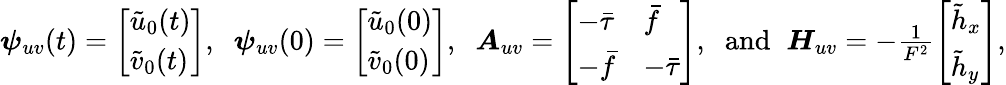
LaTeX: \begin{array}{r}{\boldsymbol{\psi}_{uv}(t)=\left[\begin{array}{l}{\tilde{u}_{0}(t)}\\ {\tilde{v}_{0}(t)}\end{array}\right],\; \; \boldsymbol{\psi}_{uv}(0)=\left[\begin{array}{l}{\tilde{u}_{0}(0)}\\ {\tilde{v}_{0}(0)}\end{array}\right],\; \; \boldsymbol{A}_{uv}=\left[\begin{array}{ll}{-\bar{\tau}}&{\bar{f}}\\ {-\bar{f}}&{-\bar{\tau}}\end{array}\right],\; \; \mathrm{and}\; \; \boldsymbol{H}_{uv}=-\frac{1}{F^{2}}\left[\begin{array}{l}{\tilde{h}_{x}}\\ {\tilde{h}_{y}}\end{array}\right],}\end{array}